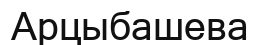
Арцыбашева